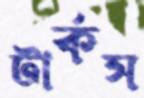
টার্কস